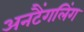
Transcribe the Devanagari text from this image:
अनटैंगलिंग